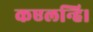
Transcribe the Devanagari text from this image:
कएलन्हि।